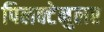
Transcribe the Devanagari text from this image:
पिलक्टेनुलर